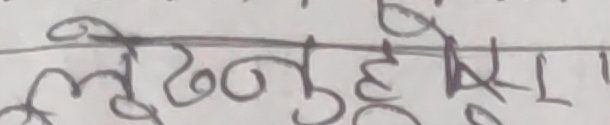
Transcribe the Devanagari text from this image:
लुढनुहुदैछ ।